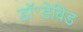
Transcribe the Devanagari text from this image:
डॉ॰डेविड